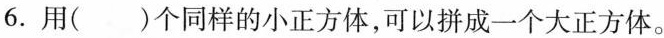
6. 用( )个同样的小正方体，可以拼成一个大正方体。